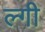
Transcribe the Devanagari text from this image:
ल्गी